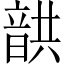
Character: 𩐠